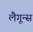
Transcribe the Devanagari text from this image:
लैगून्स